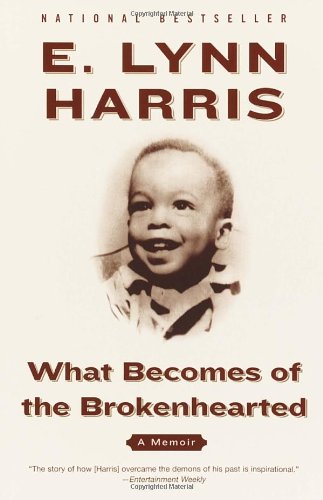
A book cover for What Becomes of the Brokenhearted: A Memoir; E. Lynn Harris; Gay & Lesbian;